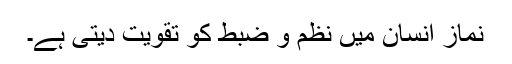
نماز انسان میں نظم و ضبط کو تقویت دیتی ہے۔